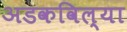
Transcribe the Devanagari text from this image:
अडकविल्या